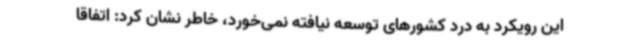
این رویکرد به درد کشورهای توسعه نیافته نمی‌خورد، خاطر نشان کرد: اتفاقا